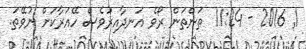
1